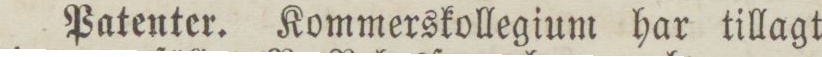
Patenter. Kommerskollegium har tillagt